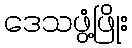
ဒေသဖွံ့ဖြိုး